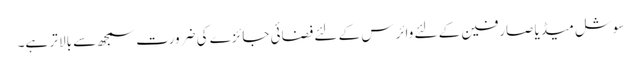
سوشل میڈیا صارفین کے لئے وائرس کے لئے فضائی جائزے کی ضرورت سمجھ سے بالا تر ہے۔